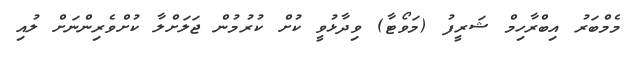
މެމްބަރު އިބްރާހިމް ޝަރީފު (މަވޯޓާ) ވިދާޅުވީ ކުށް ކުރުމުން ޖަލަށްލާ ކުށްވެރިންނަށް ލުއި